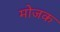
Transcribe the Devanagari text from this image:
मोजक